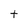
Character: t